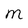
Character: m